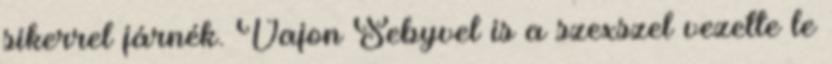
sikerrel járnék. Vajon Sebyvel is a szexszel vezette le